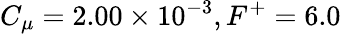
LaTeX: C_{\mu}=2.00\times 10^{-3},F^{+}=6.0